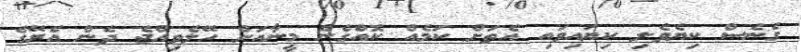
ގެނެސް ކިޔެވެލި ކިޔައިވައި އެތަށް ކަމެއް ކޮއްގެން މީނާއަށް ހޭލެވިއްޖެ ދެން އެރޭގެ